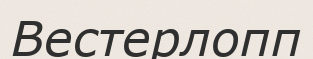
Вестерлопп